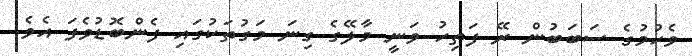
ވެހުމުގެ ސަބަބުން ރޭ ފަތިހު ވަނީ މާލޭގެ ގިނަ މަގުތަކުގައި ފެންބޮޑުވެފަ އެވެ.